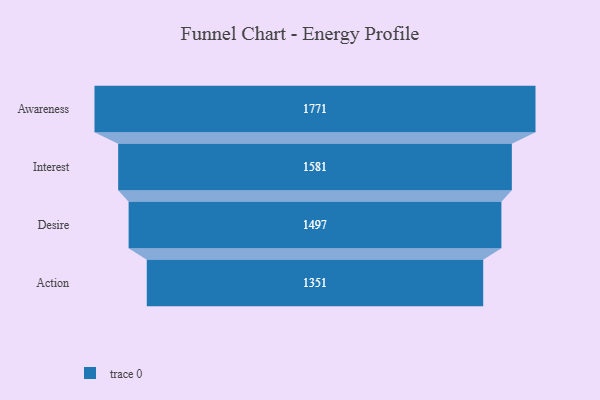
{"axis": {"x": "Stage", "y": "Value"}, "legend": [""], "data": [{"x": "Awareness", "y": 1771.0, "type": ""}, {"x": "Interest", "y": 1581.0, "type": ""}, {"x": "Desire", "y": 1497.0, "type": ""}, {"x": "Action", "y": 1351.0, "type": ""}]}